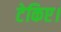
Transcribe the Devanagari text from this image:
टेकिए।